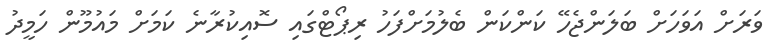
ވަރަށް އަވަހަށް ބަލަންޖެހޭ ކަންކަން ބެލުމަށްފަހު ރިޕޯޓްގައި ސޮއިކުރާނެ ކަމަށް މައުމޫން ހަމީދު